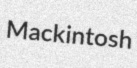
Mackintosh